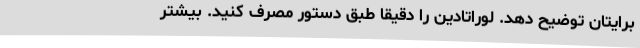
برایتان توضیح دهد. لوراتادین را دقیقاً طبق دستور مصرف کنید. بیشتر